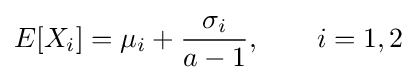
E[X_{i}]=\mu _{i}+{\frac {\sigma _{i}}{a-1}},\qquad i=1,2